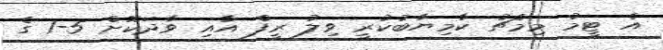
އެ ޓީމު މިމެޗު ކާމިޔާބުކުރީ ވިލު ރީފް އާއި ވާދަކޮށް 5-1 ގެ